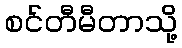
စင်တီမီတာသို့